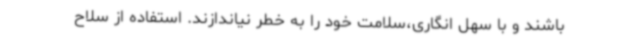
باشند و با سهل انگاری،سلامت خود را به خطر نیاندازند. استفاده از سلاح